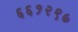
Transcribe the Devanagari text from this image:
६६१२९७